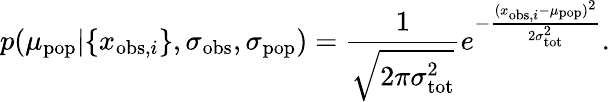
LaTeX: p(\mu_{\mathrm{pop}}|\{ x_{\mathrm{obs},i}\} ,\sigma_{\mathrm{obs}},\sigma_{\mathrm{pop}})=\frac{1}{\sqrt{2\pi\sigma_{\mathrm{tot}}^{2}}}e^{-\frac{(x_{\mathrm{obs},i}-\mu_{\mathrm{pop}})^{2}}{2\sigma_{\mathrm{tot}}^{2}}}.